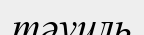
тәуиль